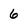
Character: 6